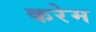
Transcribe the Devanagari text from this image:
करेम